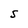
Character: S